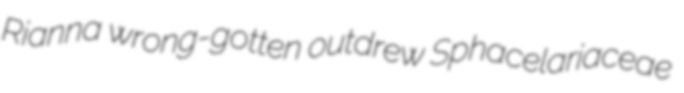
Rianna wrong-gotten outdrew Sphacelariaceae